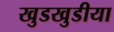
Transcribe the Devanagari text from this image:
खुडखुडीया